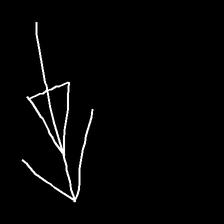
Glyph: pull